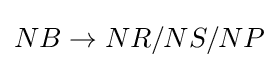
NB\rightarrow NR/NS/NP